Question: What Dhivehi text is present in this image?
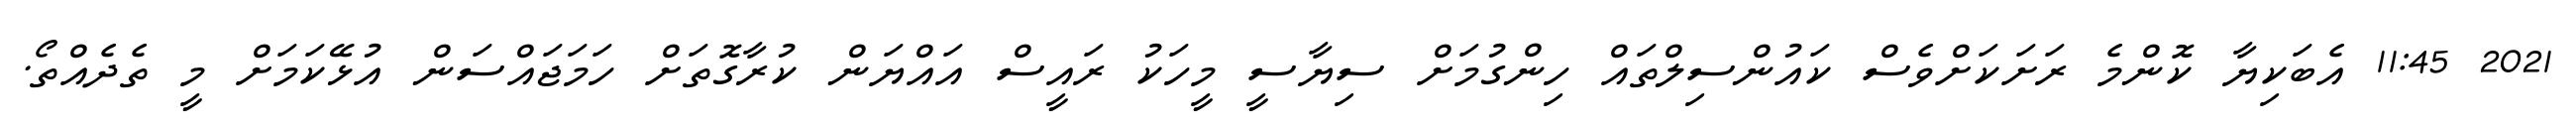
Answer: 2021 11:45 އެބަކިޔާ ކޮންމެ ރަށަކަށްވެސް ކައުންސިލްތައް ހިންގުމަށް ސިޔާސީ މީހަކު ރައީސް އައްޔަން ކުރާގޮތަށް ހަމަޖައްސަން އުޅޭކަމަށް މީ ތެދެއްތޯ.